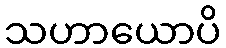
သဟာယောပိ